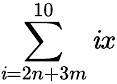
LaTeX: \sum\limits_{\mathit{i}=2n+3m}^{10}\mathit{i}x